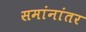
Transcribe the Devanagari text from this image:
समांनांतर